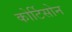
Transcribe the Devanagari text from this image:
कोर्टिसोन